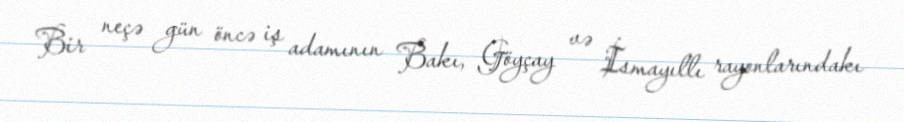
Bir neçə gün öncə iş adamının Bakı, Göyçay və İsmayıllı rayonlarındakı